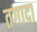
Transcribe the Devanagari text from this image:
तगादा